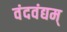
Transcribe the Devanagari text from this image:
वंदवंद्यम्